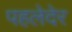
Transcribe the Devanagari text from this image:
पहलेदेर